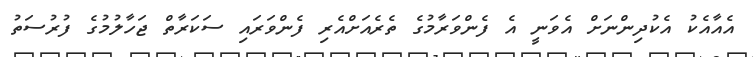
އެއާއެކު އެކުދިންނަށް އެވަނީ އެ ފެންވަރާމުގެ ތެރެއަށްއެރި ފެންވަރައި ސަކަރާތް ޖަހާލުމުގެ ފުރުސަތު